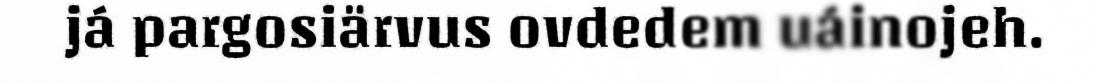
já pargosiärvus ovdedem uáinojeh.